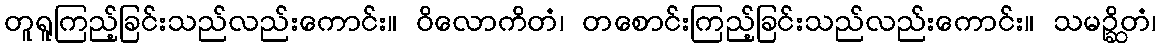
တူရူကြည့်ခြင်းသည်လည်းကောင်း။ ဝိလောကိတံ၊ တစောင်းကြည့်ခြင်းသည်လည်းကောင်း။ သမဉ္ဆိတံ၊